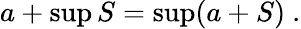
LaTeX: a+\operatorname*{sup}S=\operatorname*{sup}(a+S)\ .